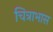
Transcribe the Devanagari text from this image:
चित्राभास